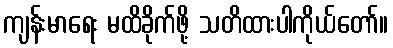
ကျန်းမာရေး မထိခိုက်ဖို့ သတိထားပါကိုယ်တော်။